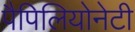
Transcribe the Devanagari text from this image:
पैपिलियोनेटी